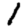
Digit: 1